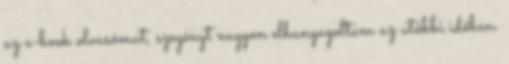
az e-book olvasómat, szegényt nagyon elhanyagoltam az utóbbi időben.